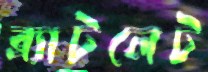
ব্র্যাটলেট